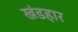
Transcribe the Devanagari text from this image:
खंडहार